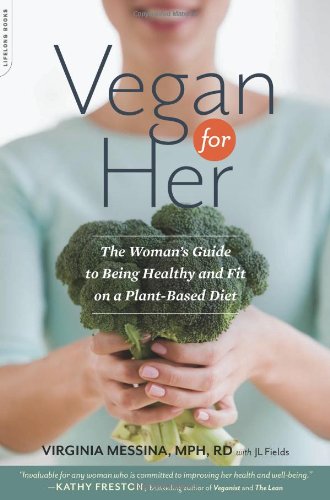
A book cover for Vegan for Her: The WomanEEs Guide to Being Healthy and Fit on a Plant-Based Diet; Virginia Messina; Cookbooks, Food & Wine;